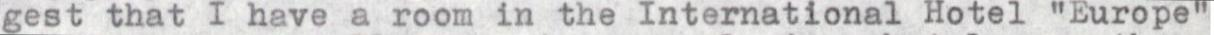
gest that I have a room in the International Hotel "Europe"